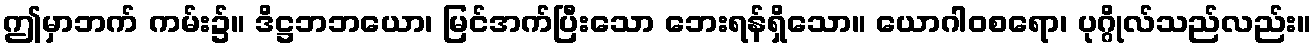
ဤမှာဘက် ကမ်း၌။ ဒိဋ္ဌဘဘယော၊ မြင်အက်ပြီးသော ဘေးရန်ရှိသော။ ယောဂါဝစရော၊ ပုဂ္ဂိုလ်သည်လည်း။